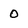
Character: 0